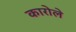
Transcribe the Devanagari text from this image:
कारोले